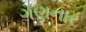
ગણનાર